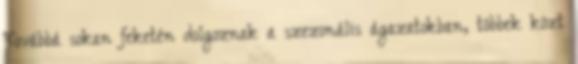
Továbbá sokan feketén dolgoznak a szezonális ágazatokban, többek közt